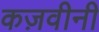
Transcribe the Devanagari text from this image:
कज़वीनी